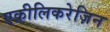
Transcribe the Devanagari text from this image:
एक्रीलिकरेज़िन